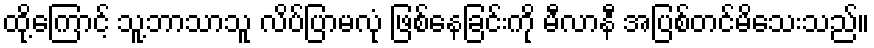
ထို့ကြောင့် သူ့ဘာသာသူ လိပ်ပြာမလုံ ဖြစ်နေခြင်းကို မီလာနီ အပြစ်တင်မိသေးသည်။